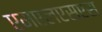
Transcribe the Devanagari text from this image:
एमएलएसएस